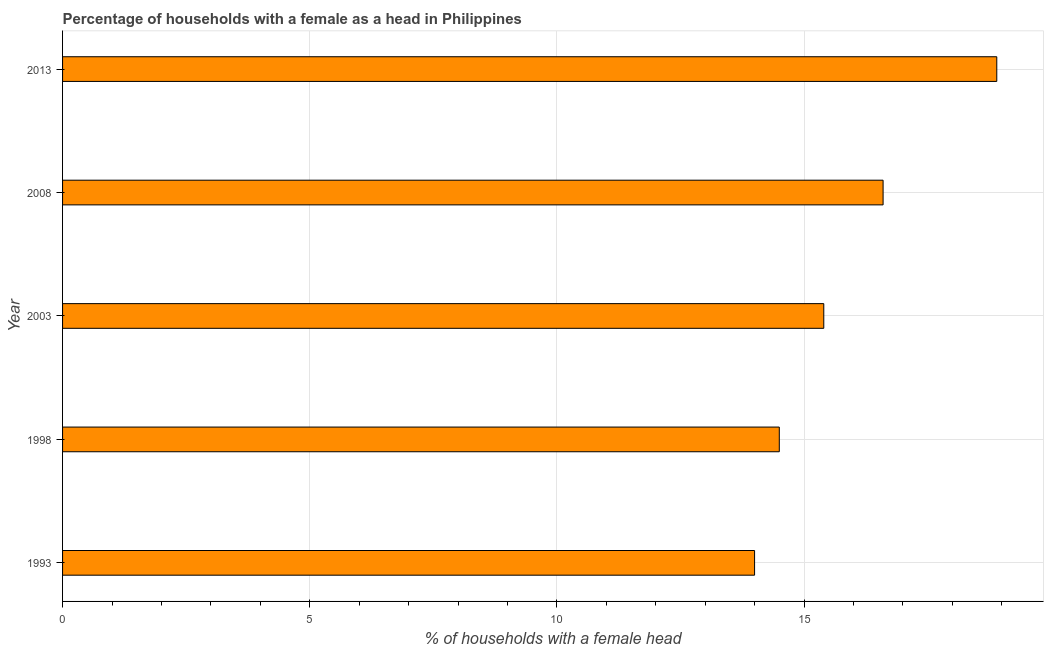
| Year | Female headed households |
 | --- | --- |
 | 1993 | 14 |
 | 1998 | 14.5 |
 | 2003 | 15.4 |
 | 2008 | 16.6 |
 | 2013 | 18.9 |